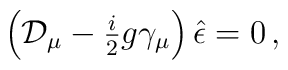
\left({\cal D}_{\mu} -{\textstyle\frac{i}{2}}g \gamma_{\mu}\right)\hat{\epsilon}=0\, ,